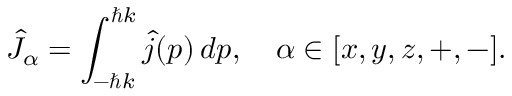
\hat { J } _ { \alpha } = \int _ { - \hbar k } ^ { \hbar k } \hat { j } ( p ) \, d p , \quad \alpha \in [ x , y , z , + , - ] .